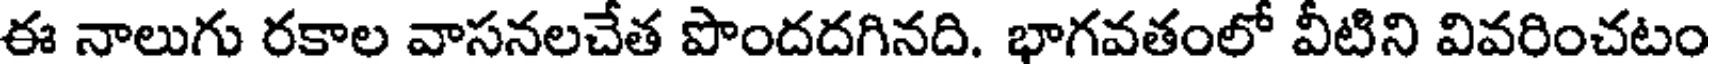
ఈ నాలుగు రకాల వాసనలచేత పొందదగినది. భాగవతంలో వీటిని వివరించటం